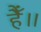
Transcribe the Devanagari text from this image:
हैँ॥